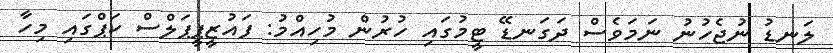
ލަނޑު ނުޖެހުނު ނަމަވެސް ދަގަނޑޭ ޓީމުގައި ހުރުން މުހިއްމު: ފައުޒީޕީޕަލްސް ކަޕްގައި މިހާ